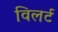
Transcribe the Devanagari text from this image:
विलर्ट